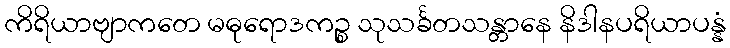
ကိရိယာဗျာကတေ မဓုရောဒကဉ္စ သုသင်္ခတသန္တာနေ နိဒါနပရိယာပန္နံ